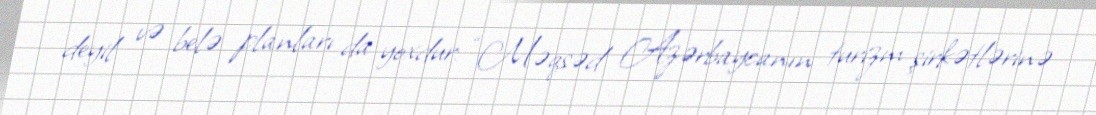
deyil və belə planları da yoxdur: “Məqsəd Azərbaycanın turizm şirkətlərinə